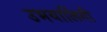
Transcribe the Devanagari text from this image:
उभयालिंगी